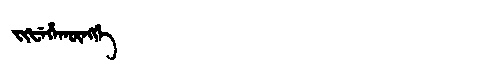
Manchu: ᠵᡳᡶᡝᡥᠠᡴᡡᠩᡤᡝ
Romanization: JIFEHAKŪNGGE